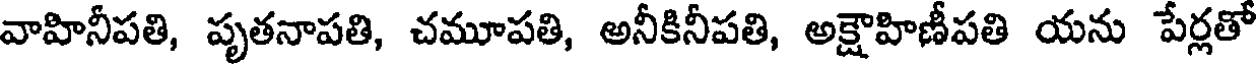
వాహినీపతి, పృతనాపతి, చమూపతి, అనీకినీపతి, అక్షౌహిణీపతి యను పేర్లతో